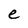
Character: e